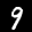
Label: 9